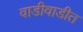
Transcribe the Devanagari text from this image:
वाडीवाडीत